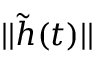
| | \tilde { h } ( t ) | |